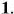
1.